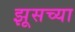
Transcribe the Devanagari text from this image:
झूसच्या